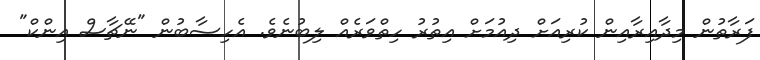
ފަރާތުން މިދާއިރާއިން ކުރިއަށް ދިއުމަށް އިތުރު ހިތްވަރެއް ލިބުނެވެ. އެހިސާބުން "ނޭޗާސް އިންކް"